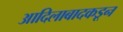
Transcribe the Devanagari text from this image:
आदिलाबादकडून